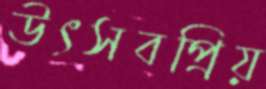
উৎসবপ্রিয়